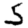
Digit: 5